system: You are a helpful assistant.
user:
Analyze the provided spectrum to determine if it is a **M-type Giant (gM)**.

A M-type Giant spectrum is defined by its **strong molecular absorption** features, particularly from **Titanium Oxide (TiO)**. You must check for one of the following mutually exclusive signatures:

- **Key Visual Indicators (Absorption-Dominated Spectrum):**

    - **(Primary):** The spectrum is dominated by strong molecular absorption from **Titanium Oxide (TiO)**. This is the **defining feature** of its M-type temperature class.
        - **(Key Bandheads):** Look for sharp, "saw-tooth" absorption valleys. The strongest are located near **~7050 Å**, **~6160 Å**, and **~5170 Å**.
        - **(Line Profile):** The "saw-tooth" morphology is critical: a **sharp, steep drop on the BLUE (short-wavelength) side** of the bandhead, followed by a gradual recovery (rising flux) towards the RED (long-wavelength) side.

    - **(Key Confirmation - Giant vs. Dwarf):** **ABSENCE** of strong **Calcium Hydride (CaH)** molecular bands. This is the primary diagnostic for *excluding* M-dwarfs.
        - **(Key Region):** The spectrum should lack the strong, broad absorption band seen in dwarfs between **~6800 Å and ~7000 Å**.

    - **(Secondary Confirmation - Giant):** A very strong and broad **Neutral Calcium (Ca I)** atomic absorption line.
        - **(Key Line):** Located at **~4226 Å**. In a giant (gM), this line is significantly deeper and broader than the same line in an M-dwarf (dM) due to low surface gravity.

    - **(Overall Spectrum):**
        - The continuum is **extremely red-sloping** (i.e., flux is very low in the blue and rises dramatically towards the red).
        - The entire spectrum appears "chopped up" by the deep TiO bands.

Think first, call **spectral_visualization_tool** if needed to examine features in detail, then provide your final answer. Your response must adhere to the following strict rules:
1.  **Overall Structure:** Your response must follow the format `<think>...</think> <tool_call>...</tool_call> (if a tool is used) <answer>...</answer>`.
2.  **Tool Usage Constraint:** You may only make **one** tool call per turn.
3.  **Final Answer Format:** In the `<answer>` tag, your conclusion must be inside a `\boxed{}` command (e.g., `\boxed{YES}` or `\boxed{NO}`), followed by your justification.

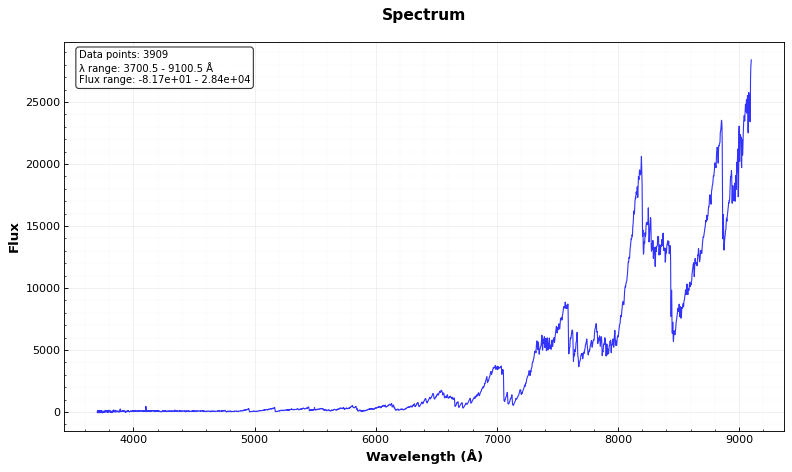
Answer: YES